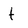
Character: t